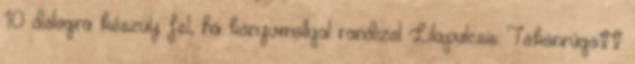
10 dologra készülj fel, ha könyvmollyal randizol Lilapulcsis: Tökönrúgott